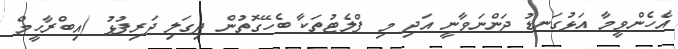
އެހެންވީމާ އަޅުގަނޑު ދަންނަވާނީ އަދި މި ފްލެޓުތަކާ ބެހޭގޮތުން ދިގަލި ދަރިފުޅު (އިބްރާހީމް